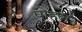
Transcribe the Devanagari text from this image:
पोहल